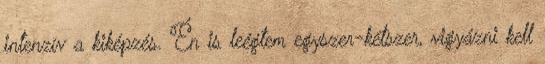
intenzív a kiképzés. Én is leégtem egyszer-kétszer, vigyázni kell